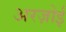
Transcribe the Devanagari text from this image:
अरज़ोई